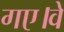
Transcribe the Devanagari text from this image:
गए।वे